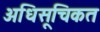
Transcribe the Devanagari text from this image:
अधिसूचिकत